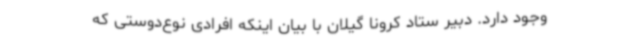
وجود دارد. دبیر ستاد کرونا گیلان با بیان اینکه افرادی نوع‌دوستی که